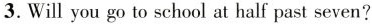
3.Will you go to school at half past seven?